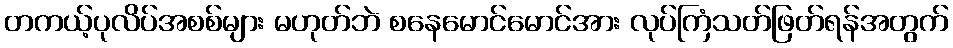
တကယ့်ပုလိပ်အစစ်များ မဟုတ်ဘဲ စနေမောင်မောင်အား လုပ်ကြံသတ်ဖြတ်ရန်အတွက်